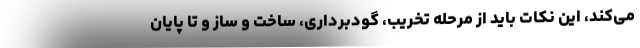
می‌کند، این نکات باید از مرحله تخریب، گودبرداری، ساخت و ساز و تا پایان